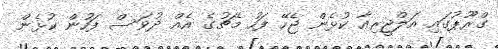
ގްރޫޕުގައި އަލްޖީރިއާ ކުޅެން ޖެހޭ ފަހު މެޗުގެ އެއް ދުވަސް ފަހުން ކުޅެން